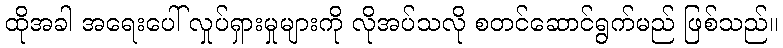
ထိုအခါ အရေးပေါ် လှုပ်ရှားမှုများကို လိုအပ်သလို စတင်ဆောင်ရွက်မည် ဖြစ်သည်။